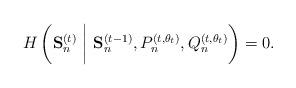
LaTeX: \begin{align*} H\left(\mathbf{S}_{n}^{(t)}~\bigg|~ \mathbf{S}_{n}^{(t-1)},P_{n}^{(t,\theta_t)},Q_{n}^{(t,\theta_t)}\right) & =0.\end{align*}